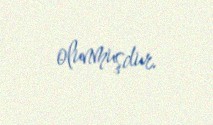
olunmuşdur.